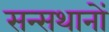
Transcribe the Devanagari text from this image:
सन्सथानों